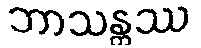
ဘာသန္တဿ